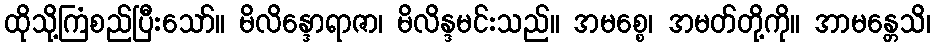
ထိုသို့ကြံစည်ပြီးသော်။ မိလိန္ဒောရာဇာ၊ မိလိန္ဒမင်းသည်။ အမစ္စေ၊ အမတ်တို့ကို။ အာမန္တေသိ၊